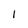
Character: 1